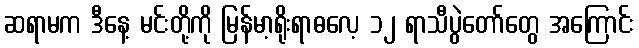
ဆရာမက ဒီနေ့ မင်းတို့ကို မြန်မာ့ရိုးရာဓလေ့ ၁၂ ရာသီပွဲတော်တွေ အကြောင်း